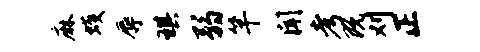
麻蠖辱琪弱竿闻考既刈正